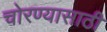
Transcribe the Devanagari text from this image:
चोरण्यासाठी